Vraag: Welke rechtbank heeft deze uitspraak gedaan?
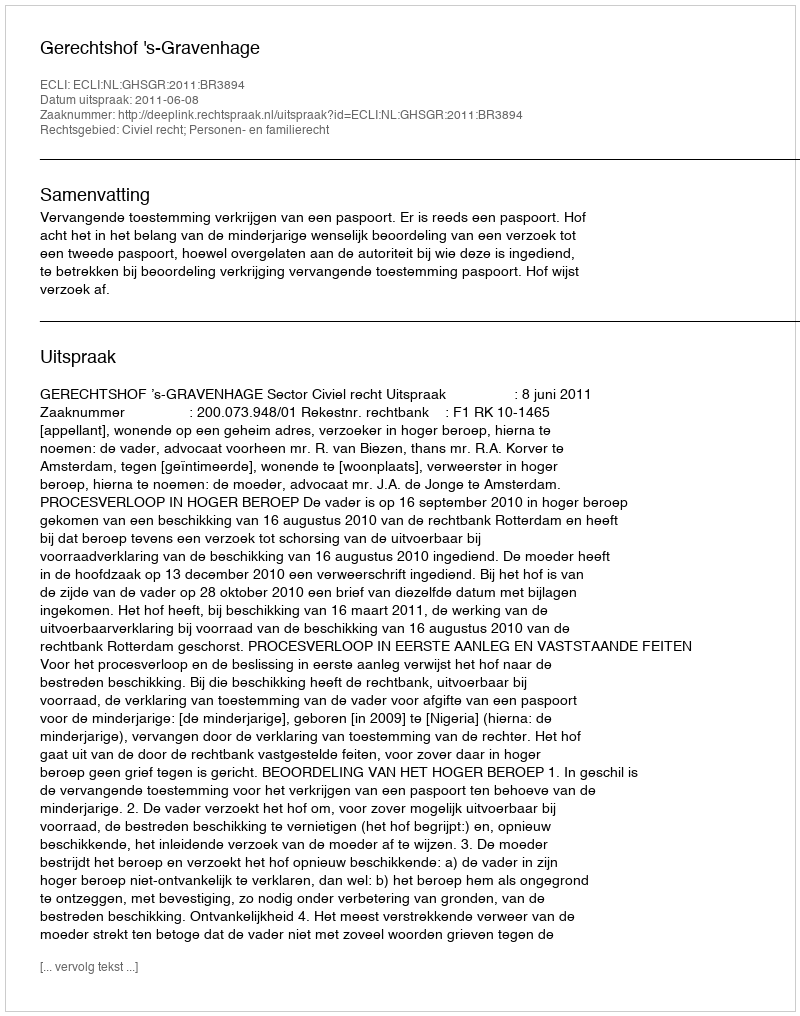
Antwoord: Gerechtshof 's-Gravenhage